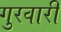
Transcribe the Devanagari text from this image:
गुरवारी